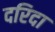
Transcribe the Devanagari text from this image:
दरिदा